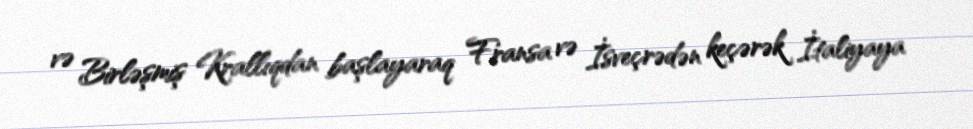
və Birləşmiş Krallıqdan başlayaraq Fransa və İsveçrədən keçərək İtaliyaya